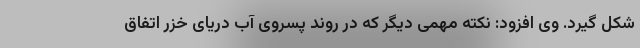
شکل گیرد. وی افزود: نکته مهمی دیگر که در روند پسروی آب دریای خزر اتفاق